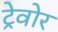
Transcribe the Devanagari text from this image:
ट्रेवोर